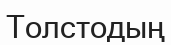
Толстодың